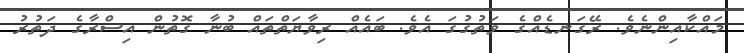
މައްކާއިންނެވެ. ރޭގަނޑެއްގެ ވަތުގުގަ އެވެ. ބައެއް ރިވާޔަތްތައް ބުނާ ގޮތުން އިސްރާގެ ދަތުރު